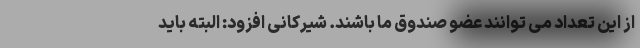
از این تعداد می توانند عضو صندوق ما باشند. شیرکانی افزود: البته باید